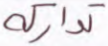
تداركه